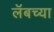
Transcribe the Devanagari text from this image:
लॅबच्या